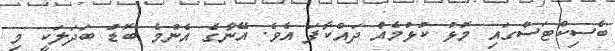
ބެސިކްޓަސްގައި މޮޅު ކުޅުމެއް ދައްކާފަ އެވެ. އޭނާގެ އެންމެ ބޮޑު ބަދަލަކީ މި